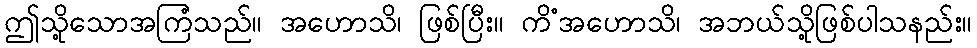
ဤသို့သောအကြံသည်။ အဟောသိ၊ ဖြစ်ပြီး။ ကိံအဟောသိ၊ အဘယ်သို့ဖြစ်ပါသနည်း။